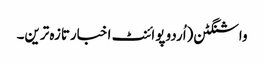
واشنگٹن(اُردو پوائنٹ اخبارتازہ ترین۔